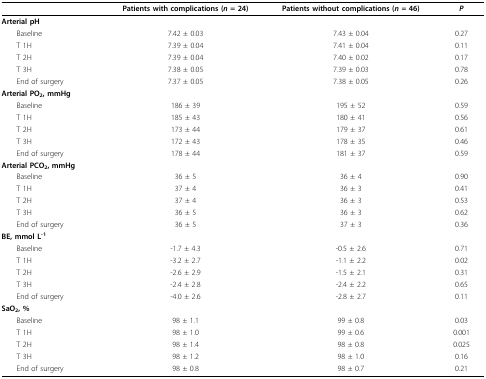
<table><thead><tr><td></td><td><b>Patients with complications (<i>n </i>= 24)</b></td><td><b>Patients without complications (<i>n </i>= 46)</b></td><td><b><i>P</i></b></td></tr></thead><tbody><tr><td><b>Arterial pH</b></td><td></td><td></td><td></td></tr><tr><td> Baseline</td><td>7.42 ± 0.03</td><td>7.43 ± 0.04</td><td>0.27</td></tr><tr><td> T 1H</td><td>7.39 ± 0.04</td><td>7.41 ± 0.04</td><td>0.11</td></tr><tr><td> T 2H</td><td>7.39 ± 0.04</td><td>7.40 ± 0.02</td><td>0.17</td></tr><tr><td> T 3H</td><td>7.38 ± 0.05</td><td>7.39 ± 0.03</td><td>0.78</td></tr><tr><td> End of surgery</td><td>7.37 ± 0.05</td><td>7.38 ± 0.05</td><td>0.26</td></tr><tr><td><b>Arterial PO<sub>2</sub>, mmHg</b></td><td></td><td></td><td></td></tr><tr><td> Baseline</td><td>186 ± 39</td><td>195 ± 52</td><td>0.59</td></tr><tr><td> T 1H</td><td>185 ± 43</td><td>180 ± 41</td><td>0.56</td></tr><tr><td> T 2H</td><td>173 ± 44</td><td>179 ± 37</td><td>0.61</td></tr><tr><td> T 3H</td><td>172 ± 43</td><td>178 ± 35</td><td>0.46</td></tr><tr><td> End of surgery</td><td>178 ± 44</td><td>181 ± 37</td><td>0.59</td></tr><tr><td><b>Arterial PCO<sub>2</sub>, mmHg</b></td><td></td><td></td><td></td></tr><tr><td> Baseline</td><td>36 ± 5</td><td>36 ± 4</td><td>0.90</td></tr><tr><td> T 1H</td><td>37 ± 4</td><td>36 ± 3</td><td>0.41</td></tr><tr><td> T 2H</td><td>37 ± 4</td><td>36 ± 3</td><td>0.53</td></tr><tr><td> T 3H</td><td>36 ± 5</td><td>36 ± 3</td><td>0.62</td></tr><tr><td> End of surgery</td><td>36 ± 5</td><td>37 ± 3</td><td>0.36</td></tr><tr><td><b>BE, mmol L<sup>-1</sup></b></td><td></td><td></td><td></td></tr><tr><td> Baseline</td><td>-1.7 ± 4.3</td><td>-0.5 ± 2.6</td><td>0.71</td></tr><tr><td> T 1H</td><td>-3.2 ± 2.7</td><td>-1.1 ± 2.2</td><td>0.02</td></tr><tr><td> T 2H</td><td>-2.6 ± 2.9</td><td>-1.5 ± 2.1</td><td>0.31</td></tr><tr><td> T 3H</td><td>-2.4 ± 2.8</td><td>-2.4 ± 2.2</td><td>0.65</td></tr><tr><td> End of surgery</td><td>-4.0 ± 2.6</td><td>-2.8 ± 2.7</td><td>0.11</td></tr><tr><td><b>SaO<sub>2</sub>, %</b></td><td></td><td></td><td></td></tr><tr><td> Baseline</td><td>98 ± 1.1</td><td>99 ± 0.8</td><td>0.03</td></tr><tr><td> T 1H</td><td>98 ± 1.0</td><td>99 ± 0.6</td><td>0.001</td></tr><tr><td> T 2H</td><td>98 ± 1.4</td><td>98 ± 0.8</td><td>0.025</td></tr><tr><td> T 3H</td><td>98 ± 1.2</td><td>98 ± 1.0</td><td>0.16</td></tr><tr><td> End of surgery</td><td>98 ± 0.8</td><td>98 ± 0.7</td><td>0.21</td></tr></tbody></table>